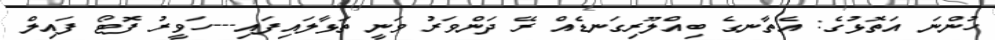
ހުންނަ އަތޮޅުގެ: އެތާނގެ ބިއްލޫރިގަނޑެއް ރޭ ދަންވަރު ވަނީ ތަޅާލައިފައި---ހަވީރު ފޮޓޯ ފައިލް